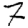
Digit: 7